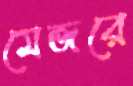
মেজরে